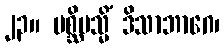
၂၃။ ပစ္ဆိမသ္မိံ ဒိသာဘာဂေ၊